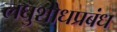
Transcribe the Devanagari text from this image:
लघुशोधप्रबंध